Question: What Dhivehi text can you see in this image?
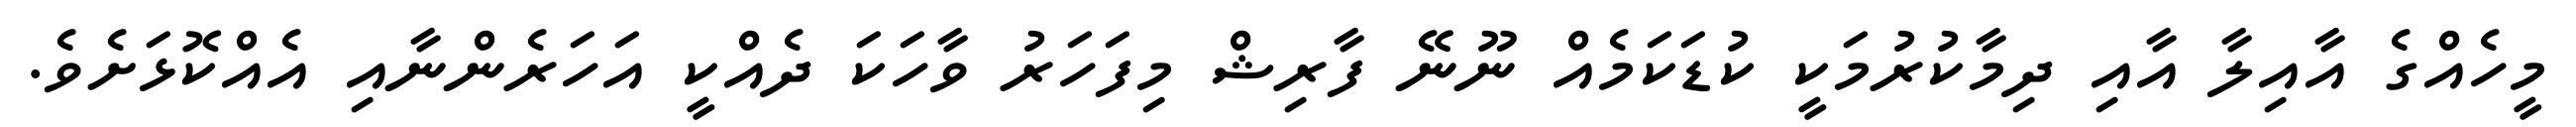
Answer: މީހެއްގެ އާއިލާ އާއި ދިމާކުރުމަކީ ކުޑަކަމެއް ނޫނޭ ފާރިޝް މިފަހަރު ވާހަކަ ދެއްކީ އަހަރެންނާއި އެއްކޮޅަށެވެ.